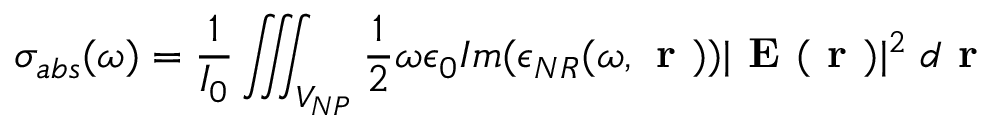
\sigma _ { a b s } ( \omega ) = \frac { 1 } { I _ { 0 } } \iiint _ { V _ { N P } } { \frac { 1 } { 2 } \omega \epsilon _ { 0 } I m ( \epsilon _ { N R } ( \omega , \textbf { r } ) ) | \textbf { E } ( \textbf { r } ) | ^ { 2 } } \; d \textbf { r }